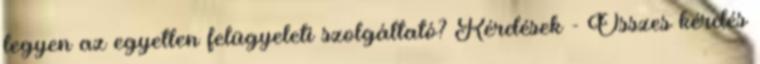
legyen az egyetlen felügyeleti szolgáltató? Kérdések - Összes kérdés